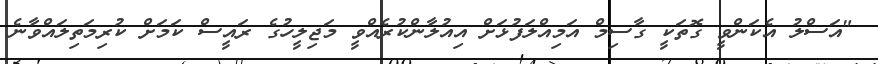
"އަސްލު އެކަންވީ ގޮތަކީ ގާސިމް އަމިއްލަފުޅަށް އިއުލާންކުރެއްވީ މަޖިލީހުގެ ރައީސް ކަމަށް ކުރިމަތިލައްވާނެ